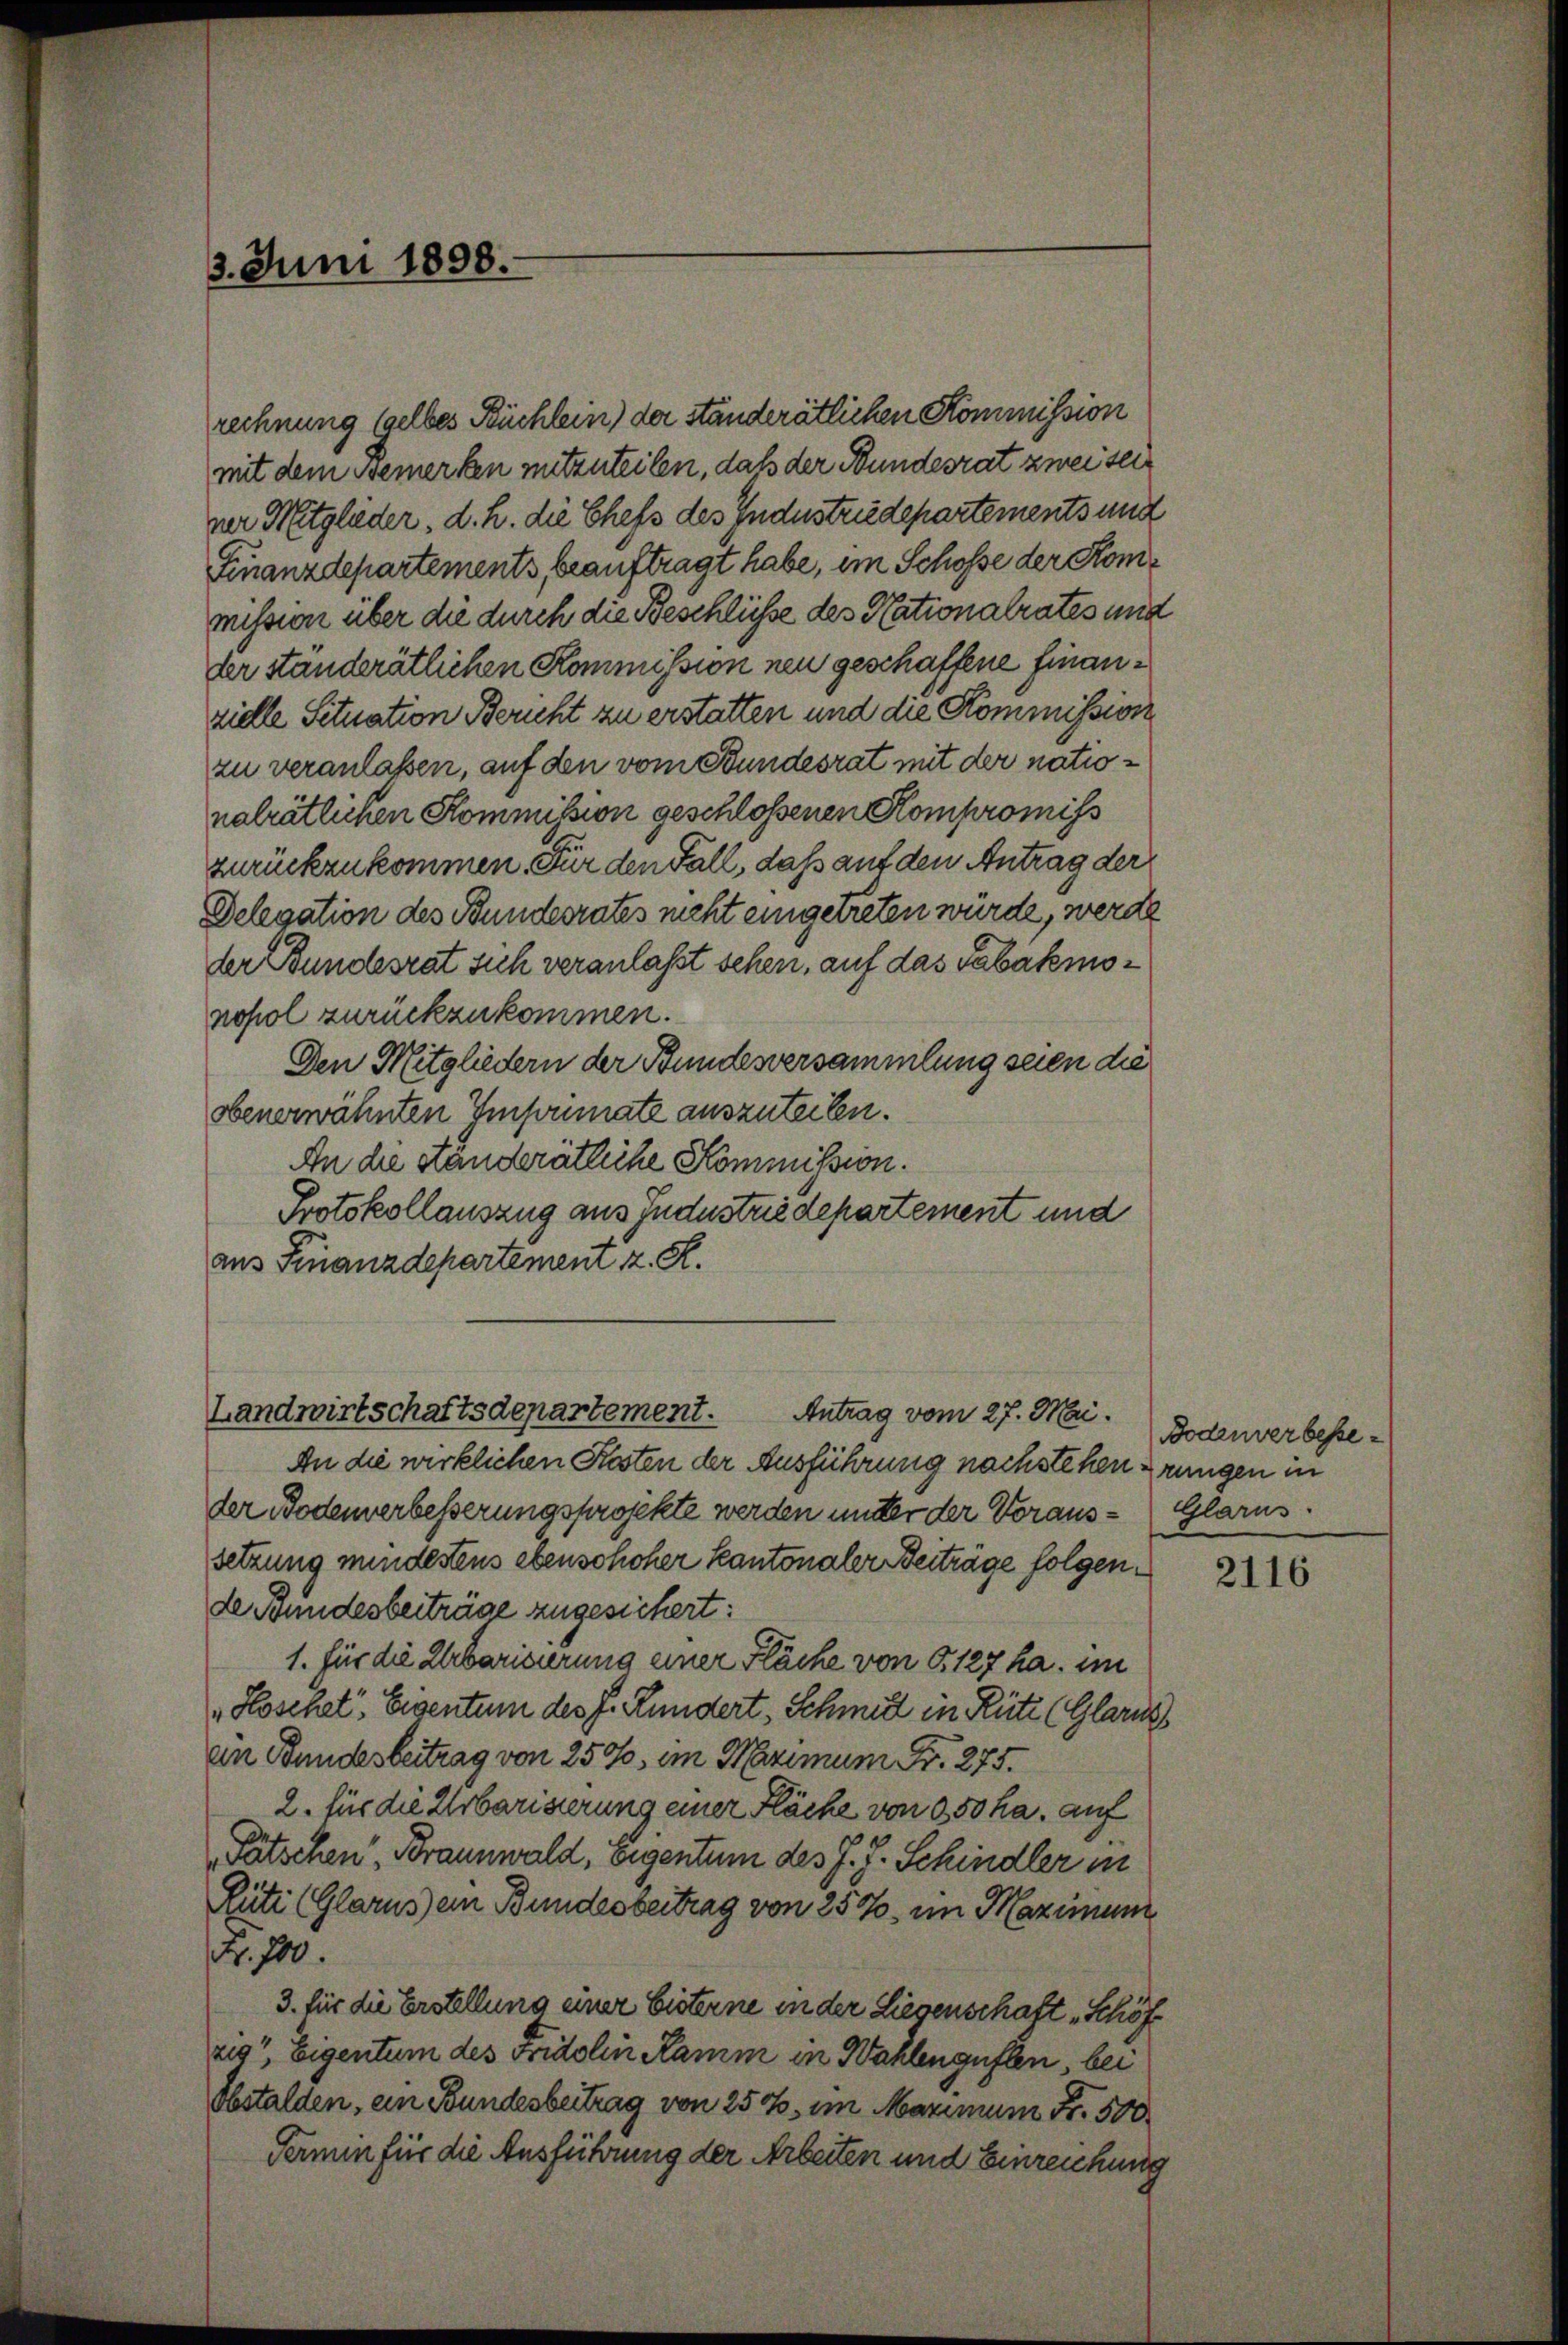
3. Juni 1898.

rechnung gelbes Büchlein) der ständerätlichen Kommission
mit dem Bemerken mitzuteilen, daß der Bundesrat zweiser
ver Mitglieder, d. h. die Chefs des Industriedepartements und
Finanzdepartements, beauftragt habe, im Schosse der Kommission über die durch die Beschlüsse des Nationalrates und
der standerätlichen Kommission neu geschaffene Finanzielle Situation Bericht zu erstatten und die Kommission
zu veranlassen, auf den vom Bundesrat mit der nationalrätlichen Kommission geschlossenen Kompromiss
zurückzukommen. Für den Fall, daß auf den Antrag der
Delegation des Bundesrates nicht eingetreten würde, werde
der Bundesrat sich veranlasst sehen, auf das Tabakmonopol zurückzukommen.
Den Mitgliedern der Bundesversammlung seien die
obenerwähnten Emprimate auszuteilen.
An die Ständerätliche Kommission.
Protokollauszug aus Jndustriedepartement und
aus Finanzdepartement z. R.
Landwirtschaftsdepartement.
Antrag vom 27. Mai.
An die wirklichen Kosten der Ausführung nachstehen drungen in
der Bodenerbesserungsprojekte werden mutter der Voraus-Glarus.
setzung mindestens ebensohoher kantonaler Beiträge folgende Bundesbeiträge zugesichert:
1. für die Erbarisierung einer Fläche von § 127 ha. im
Hoschet, Eigentum des J. Kundert, Schmidt in Rüte (Glarus
an Bundesbeitrag von 2500, im Maximum Fr. 275.
2. für die Urbarisierung einer Fläche von 950 ha. auf
Pätschen, Braunwald, Eigentum des J. J. Schindler in
Rüti (Glarus ein Bundesbeitrag von 257, ein Maximum
Fr. 700.
3. für die Erstellung einer bisterne in der Liegenschaft „Schöf
rig", Eigentum des Fridolin Ramm in Wahlenguten, bei
Obstalden, ein Bundesbeitrag von 250, im Maximum Fr. 500
Termin für die Ausführung der Arbeiten und Einreichung

Bodenverbesse¬

2116